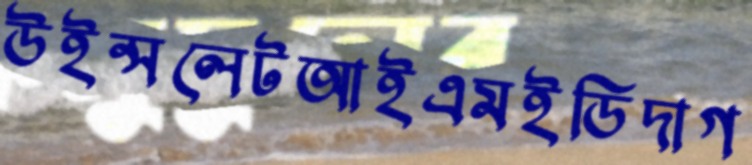
উইন্সলেটআইএমইডিদাগ